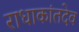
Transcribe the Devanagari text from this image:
राधाकांतदेव